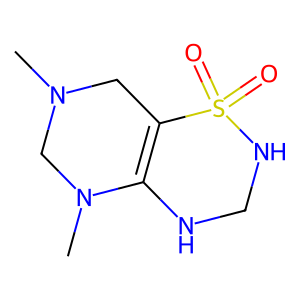
SMILES: CN1CC2=C(NCNS2(=O)=O)N(C)C1
Inhibits HIV replication: No